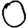
Digit: 0